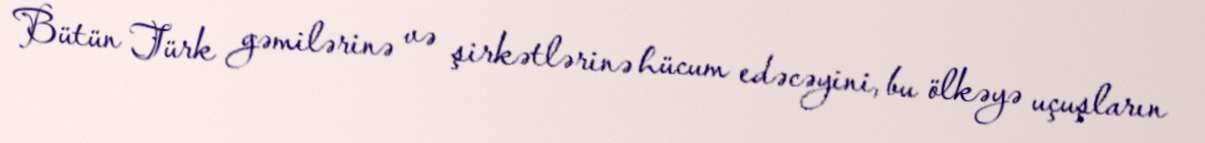
Bütün Türk gəmilərinə və şirkətlərinə hücum edəcəyini, bu ölkəyə uçuşların